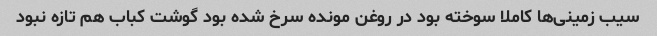
سیب زمینی‌ها کاملا سوخته بود در روغن مونده سرخ شده بود گوشت کباب هم تازه نبود